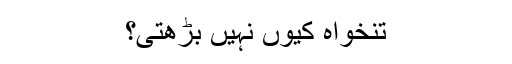
تنخواہ کیوں نہیں بڑھتی؟